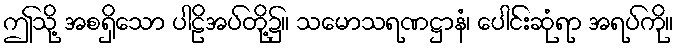
ဤသို့ အစရှိသော ပါဠိအပ်တို့၌။ သမောသရဏဋ္ဌာနံ၊ ပေါင်းဆုံရာ အရပ်ကို။